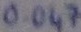
Text: 0.047